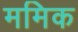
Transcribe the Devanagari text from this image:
ममिक